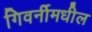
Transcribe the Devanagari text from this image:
गिवर्नीमधील